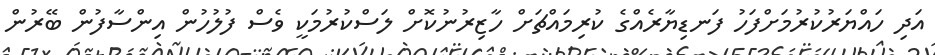
އަދި ހައްޔަރުކުރުމަށްފަހު ފަނޑިޔާރެއްގެ ކުރިމައްޗަށް ހާޒިރުނުކޮށް ލަސްކުރުމަކީ ވެސް ފުލުހުން އިންސާފުން ބޭރުން